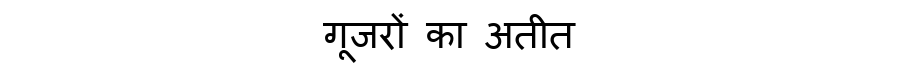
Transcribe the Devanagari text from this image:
गूजरों का अतीत